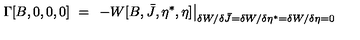
\Gamma [ B , 0 , 0 , 0 ] \ = \ \left. - W [ B , \bar { J } , \eta ^ { \ast } , \eta ] \right| _ { \delta W / \delta \bar { J } = \delta W / \delta \eta ^ { \ast } = \delta W / \delta \eta = 0 }